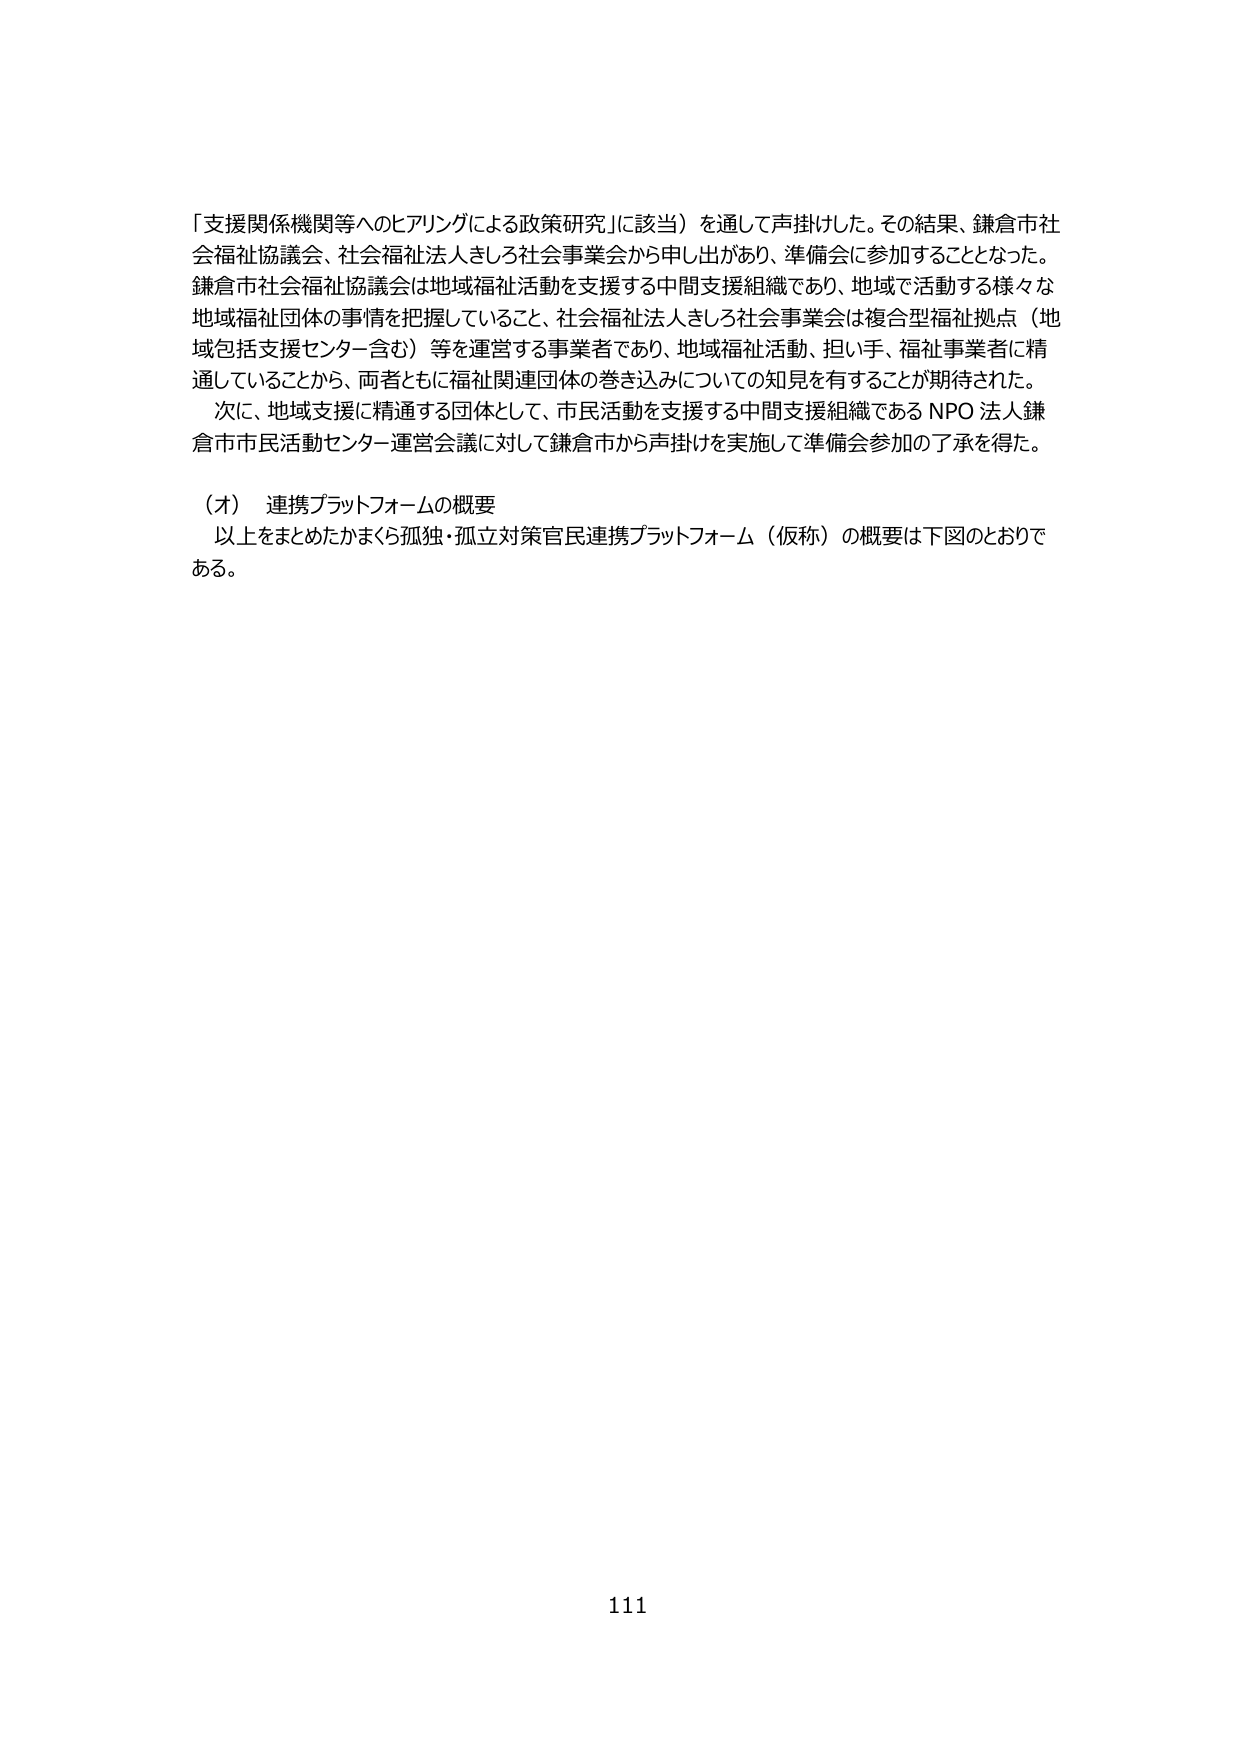
「支援関係機関等へのヒアリングによる政策研究」に該当）を通して声掛けした。その結果、鎌倉市社会福祉協議会、社会福祉法人きしろ社会事業会から申し出があり、準備会に参加することとなった。鎌倉市社会福祉協議会は地域福祉活動を支援する中間支援組織であり、地域で活動する様々な地域福祉団体の事情を把握していること、社会福祉法人きしろ社会事業会は複合型福祉拠点（地域包括支援センター含む）等を運営する事業者であり、地域福祉活動、担い手、福祉事業者に精通していることから、両者ともに福祉関連団体の巻き込みについての知見を有することが期待された。次に、地域支援に精通する団体として、市民活動を支援する中間支援組織であるNPO法人鎌倉市市民活動センター運営会議に対して鎌倉市から声掛けを実施して準備会参加の了承を得た。

（オ） 連携プラットフォームの概要
以上をまとめたかまくら孤独・孤立対策官民連携プラットフォーム（仮称）の概要は下図のとおりである。

111